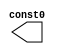
//Generated from netlist by SpyDrNet
//netlist name: FPGA88_SOFA_A
module const0
(
    const0
);

    output const0;

    wire \<const0> ;
    wire const0;

assign const0 = \<const0> ;
endmodule